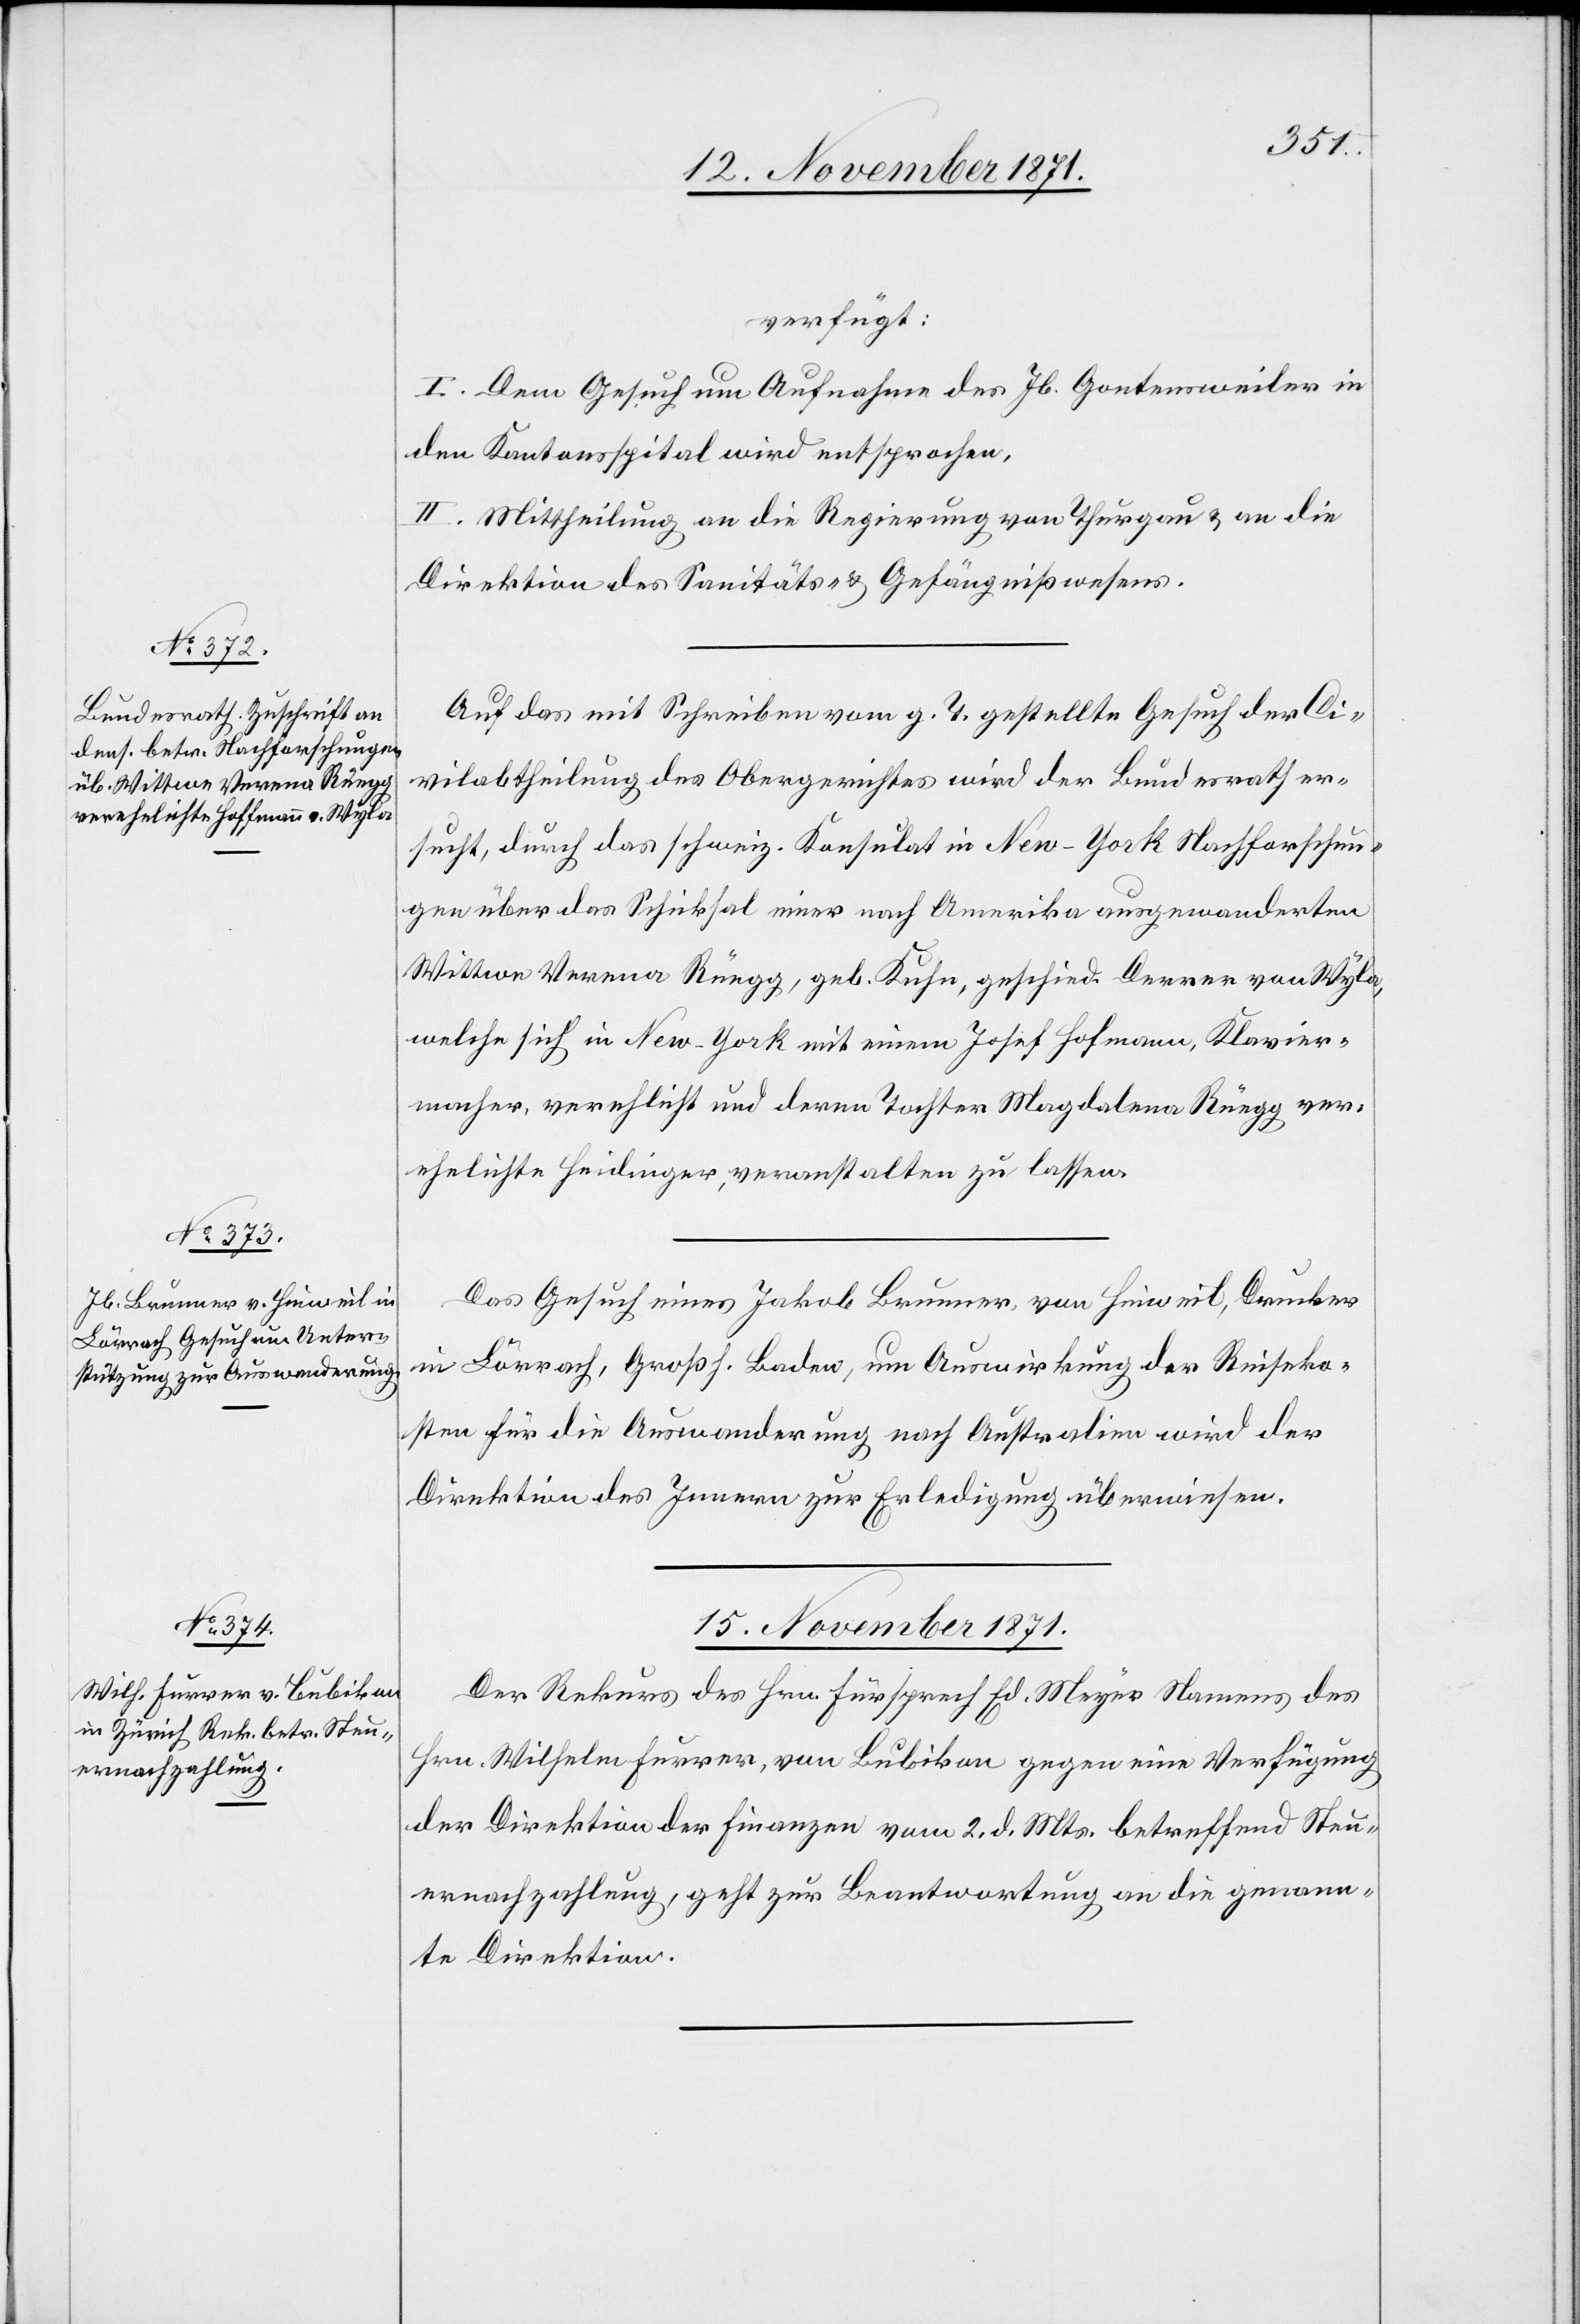
verfügt:
I. Dem Gesuch um Aufnahme des Jb. Gontensweiler in
den Kantonsspital wird entsprochen.
II. Mittheilung an die Regierung von Thurgau & an die
Direktion des Sanitäts- & Gefängnißwesens.
Auf das mit Schreiben vom g. T. gestellte Gesuch der Ci¬
vilabtheilung des Obergerichtes wird der Bundesrath er¬
sucht, durch das schweiz. Konsulat in New-York Nachforschun¬
gen über das Schicksal einer nach Amerika ausgewanderten
Wittwe Verena Rüegg, geb. Kuhn, geschied. Derrer von Wyla,
welche sich in New-York mit einem Josef Hofmann, Klavier¬
macher, verehelicht und deren Tochter Magdalene Rüegg ver¬
ehelichte Heidinger, veranstalten zu lassen.
Das Gesuch eines Jakob Brunner von Hinweil, Drucker
in Lörrach, Großh. Baden, um Auswirkung der Reiseko¬
sten für die Auswanderung nach Australien wird der
Direktion des Innern zur Erledigung überwiesen.
15. November 1871.
Der Rekurs des Hrn. Fürsprech Ed. Meyer Namens des
Hrn. Wilhelm Furrer, von Bubikon gegen eine Verfügung
der Direktion der Finanzen vom 2. d. Mts. betreffend Steu¬
ernachzahlung, geht zur Beantwortung an die genann¬
te Direktion.